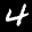
Digit: 4